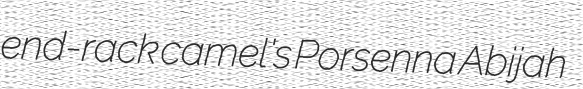
end-rack camel's Porsenna Abijah